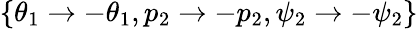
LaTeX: \{ \theta_{1}\rightarrow-\theta_{1},p_{2}\rightarrow-p_{2},\psi_{2}\rightarrow-\psi_{2}\}